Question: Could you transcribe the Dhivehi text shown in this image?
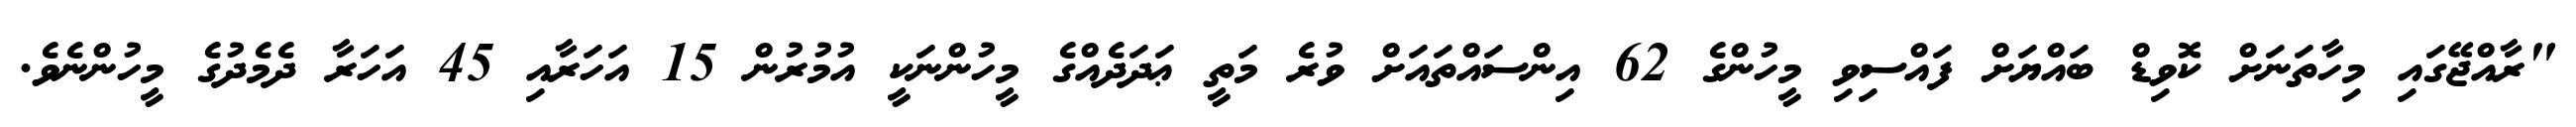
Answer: "ރާއްޖޭގައި މިހާތަނަށް ކޮވިޑް ބައްޔަށް ފައްސިވި މީހުންގެ 62 އިންސައްތައަށް ވުރެ މަތީ ޢަދަދެއްގެ މީހުންނަކީ އުމުރުން 15 އަހަރާއި 45 އަހަރާ ދެމެދުގެ މީހުންނެވެ.